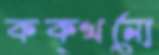
কক্‌খনো